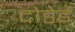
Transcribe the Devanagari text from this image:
दोडेई